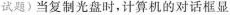
试题)当复制光盘时，计算机的对话框显